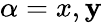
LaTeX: \alpha=x,\mathbf{y}